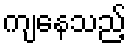
ကျနေသည့်